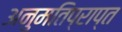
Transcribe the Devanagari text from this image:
अनुमतिप्राप्त